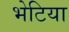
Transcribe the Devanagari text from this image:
भेटिया